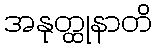
အနုတ္ထုနာတိ